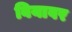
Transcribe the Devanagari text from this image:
बियावर